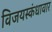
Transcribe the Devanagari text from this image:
विजयस्कंधावार